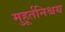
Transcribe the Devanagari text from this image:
मुहूर्तनिश्चय